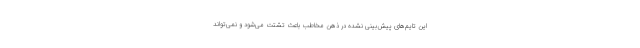
این تایم‌های پیش‌بینی نشده در ذهن مخاطب باعث تشتت می‌شود و نمی‌تواند